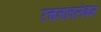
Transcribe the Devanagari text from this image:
रचनावलंबन